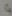
Text: 4